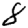
Digit: 8